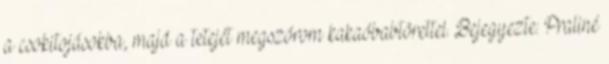
a csokitojásokba, majd a tetejét megszórom kakaóbabtörettel. Bejegyezte: Praliné